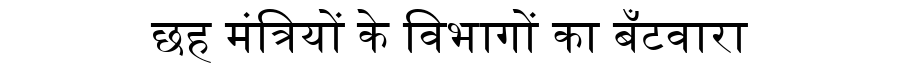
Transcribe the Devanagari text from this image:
छह मंत्रियों के विभागों का बँटवारा